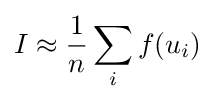
I\approx {\frac {1}{n}}\sum _{i}f(u_{i})